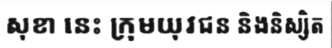
សុខា នេះ ក្រុមយុវជន និងនិស្សិត